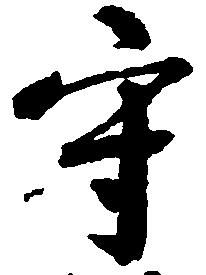
守